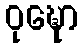
ဝုဍ္ဎော